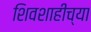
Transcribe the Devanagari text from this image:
शिवशाहीच्या